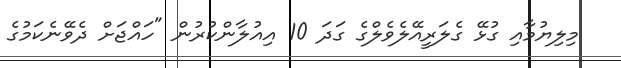
މިލިޔުމާއި ގުޅޭ ގެލަރީއޭލެވެލްގެ ގަދަ 10 އިއުލާންކުރުން "ހައްޖަށް ދެވޭނެކަމުގެ